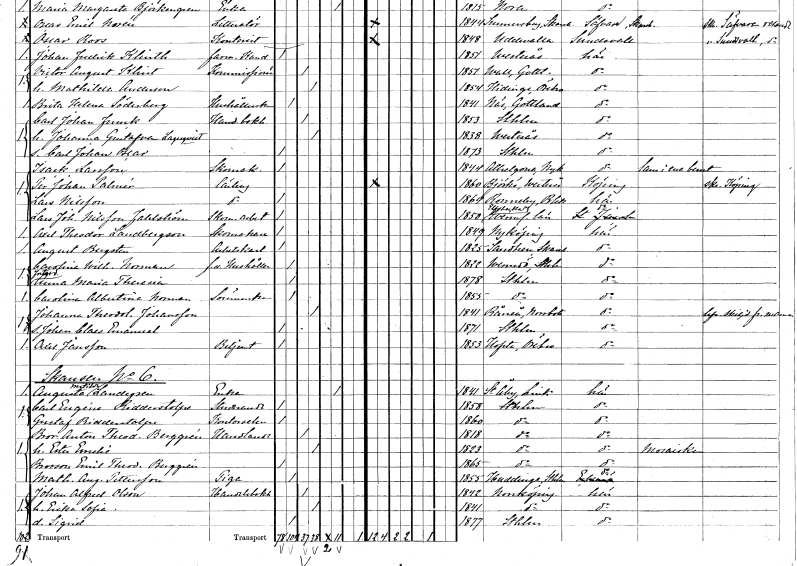
gt_parse: households: individuals: FN: Isack
EN: Larsson
YRKE: Skomakare
KON: M
CIV: O
FODAR: 1844
FODFORS: Allhelgona Östergötlands län
FN: Per Johan
EN: Palmér
YRKE: Lärling
KON: M
CIV: O
FODAR: 1860
FODFORS: Björkö Västmanlands län
FN: Lars
EN: Nilsson
YRKE: Lärling
KON: M
CIV: O
FODAR: 1864
FODFORS: Ronneby Blekinge län
FN: Lars Johan
EN: Nilsson Fahlström
YRKE: Skomakeriarbetare
KON: M
CIV: O
FODAR: 1850
FODFORS: Elovsbacka Värmlands län
FN: Axel Theodor
EN: Landbergson
YRKE: Skomakare
KON: M
CIV: O
FODAR: 1849
FODFORS: Nyköping Södermanlands län
FN: August
EN: Bergsten
YRKE: Arbetskarl
KON: M
CIV: O
FODAR: 1825
FODFORS: Sandhem Skaraborgs län
FN: Carolina Wilhelmina
EN: Norman
YRKE: Hushållerska f.d.
KON: K
CIV: O
FODAR: 1822
FODFORS: Värmdö Stockholms län
FN: Anna Maria Theresia
KON: K
CIV: O
FODAR: 1878
FODFORS: Stockholm
FN: Carolina Albertina
EN: Norman
YRKE: Sömmerska
KON: K
CIV: O
FODAR: 1855
FODFORS: Stockholm
FN: Johanna Theodolinda
EN: Johansson
KON: K
CIV: G
FODAR: 1841
FODFORS: Råneå Norrbottens län
FN: Johan Claes Emanuel
KON: M
CIV: O
FODAR: 1871
FODFORS: Stockholm
FN: Axel
EN: Jansson
YRKE: Betjänt
KON: M
CIV: O
FODAR: 1853
FODFORS: Hovsta Örebro län
FN: Augusta Matilda
EN: Landegren
YRKE: Änka
KON: K
CIV: E
FODAR: 1841
FODFORS: Stora Åby Östergötlands län
FN: Carl Eugéne
EN: Ridderstolpe
YRKE: Studerande
KON: M
CIV: O
FODAR: 1858
FODFORS: Stockholm
FN: Gustaf
EN: Ridderstolpe
YRKE: Kontorselev
KON: M
CIV: O
FODAR: 1860
FODFORS: Stockholm
FN: Bror Anton Theodor
EN: Berggren
YRKE: Handlande
KON: M
CIV: G
FODAR: 1818
FODFORS: Stockholm
FN: Ester Emelie
KON: K
CIV: G
FODAR: 1823
FODFORS: Stockholm
FN: Emil Theodor
EN: Berggren
KON: M
CIV: O
FODAR: 1865
FODFORS: Stockholm
FN: Mathilda Augusta
EN: Pettersson
YRKE: Piga
KON: K
CIV: O
FODAR: 1855
FODFORS: Huddinge Stockholms län
FN: Johan Alfred
EN: Olson
YRKE: Handelsbokhållare
KON: M
CIV: G
FODAR: 1842
FODFORS: Norrköping Östergötlands län
FN: Erika Sofia
KON: K
CIV: G
FODAR: 1841
FODFORS: Norrköping Östergötlands län
FN: Sigrid
KON: K
CIV: O
FODAR: 1877
FODFORS: Stockholm